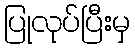
ပြုလုပ်ပြီးမှ